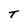
Character: T